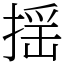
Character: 揺